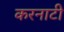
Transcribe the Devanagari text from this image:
करनाटी